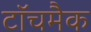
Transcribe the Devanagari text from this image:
टॉचमैक